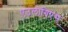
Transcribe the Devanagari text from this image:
एउलोगिएस्